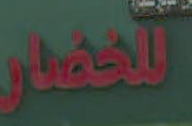
للحصار